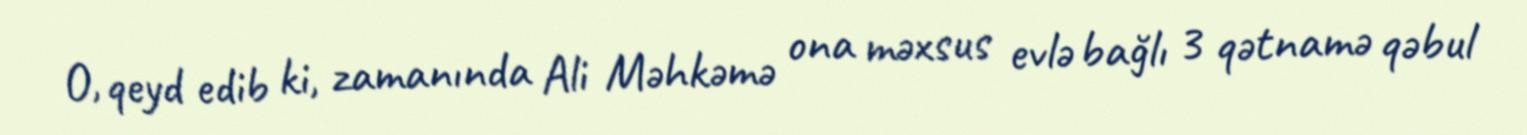
O, qeyd edib ki, zamanında Ali Məhkəmə ona məxsus evlə bağlı 3 qətnamə qəbul